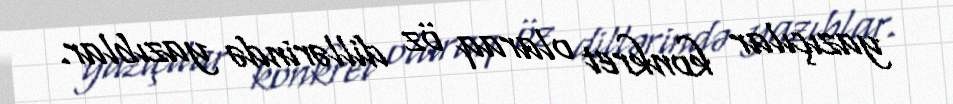
yazıçılar konkret olaraq öz dillərində yazıblar.